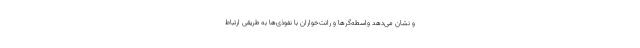
و نشان می‌دهد واسطه‌گرها و رانت‌خواران با نفوذی‌ها به طریقی ارتباط